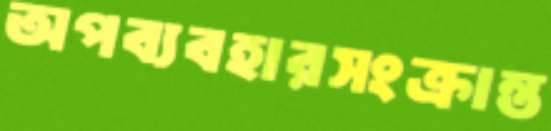
অপব্যবহারসংক্রান্ত